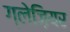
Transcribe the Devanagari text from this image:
ग्लेज़ियर